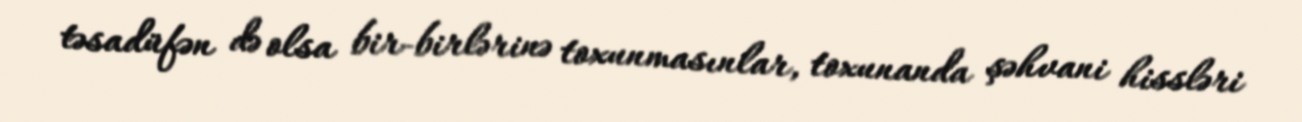
təsadüfən də olsa bir-birlərinə toxunmasınlar, toxunanda şəhvani hissləri